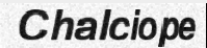
Chalciope